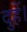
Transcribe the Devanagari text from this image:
दुहें।